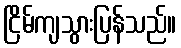
ငြိမ်ကျသွားပြန်သည်။